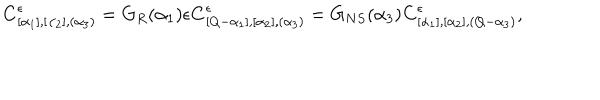
LaTeX: { \bf C } _ { [ \alpha _ { 1 } ] , [ \alpha _ { 2 } ] , ( \alpha _ { 3 } ) } ^ { \epsilon } = G _ { R } ( \alpha _ { 1 } ) \epsilon { \bf C } _ { [ Q - \alpha _ { 1 } ] , [ \alpha _ { 2 } ] , ( \alpha _ { 3 } ) } ^ { \epsilon } = G _ { N S } ( \alpha _ { 3 } ) { \bf C } _ { [ \alpha _ { 1 } ] , [ \alpha _ { 2 } ] , ( Q - \alpha _ { 3 } ) } ^ { \epsilon } ,